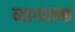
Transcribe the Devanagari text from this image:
व्यागात्म्क